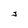
Character: J